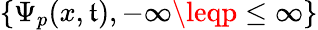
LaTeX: \{ \Psi_{p}(x,\mathfrak{t}),-\infty\leqp\leq\infty\}